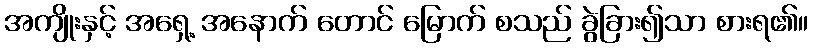
အကျိုးနှင့် အရှေ့ အနောက် တောင် မြောက် စသည် ခွဲခြား၍သာ စားရ၏။